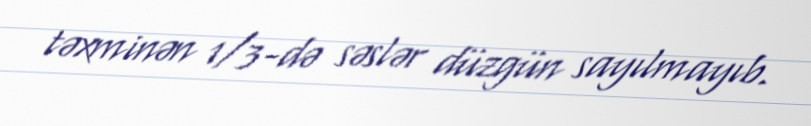
təxminən 1/3-də səslər düzgün sayılmayıb.